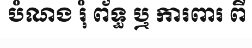
បំណង រុំ ព័ទ្ធ ឬ ការពារ ពី